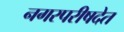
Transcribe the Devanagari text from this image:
नगरपरीषदेत